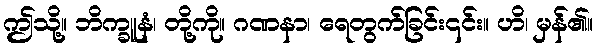
ဤသို့။ ဘိက္ခူနံ၊ တို့ကို။ ဂဏနာ၊ ရေတွက်ခြင်း၎င်း။ ဟိ၊ မှန်၏။